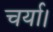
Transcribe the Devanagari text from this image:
चर्या।